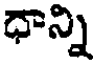
ధాన్ని